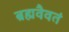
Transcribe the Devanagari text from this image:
ब्रह्मवैवतं